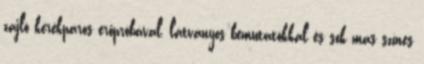
zajló kerékpáros erőpróbával, látványos bemutatókkal és sok más színes